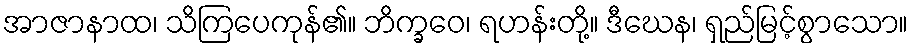
အာဇာနာထ၊ သိကြပေကုန်၏။ ဘိက္ခဝေ၊ ရဟန်းတို့။ ဒီဃေန၊ ရှည်မြင့်စွာသော။